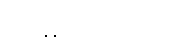
ဈေးနှုန်း - ၅၀၀၀ ကျပ်